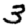
Digit: 3